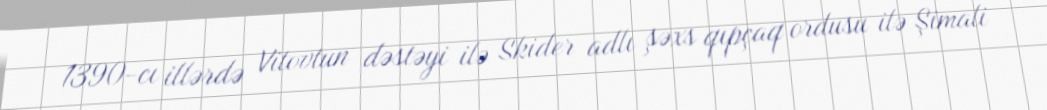
1390-cı illərdə Vitovtun dəstəyi ilə Skider adlı şəxs qıpçaq ordusu ilə Şimali